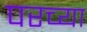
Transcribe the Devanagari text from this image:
परच्या